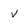
Character: v